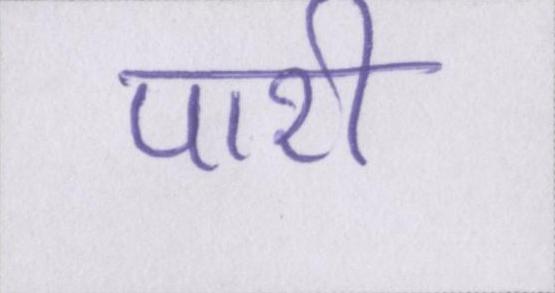
पारी